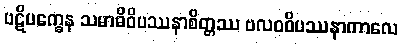
ပဋိပက္ခေန သမာဓိဝိပဿနာစိတ္တဿ ဗလဝဝိပဿနာကာလေ